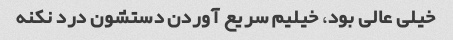
خیلی عالی بود، خیلیم سریع آوردن دستشون درد نکنه